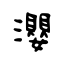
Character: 瀴